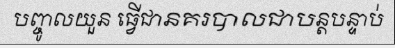
បញ្ចូលយួន ធ្វើជានគរបាលជាបន្តបន្ទាប់